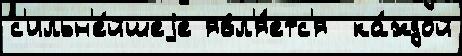
с'ильн'е́йшеjе явл'я́етс'я  ка́ждой